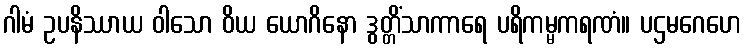
ဂါမံ ဥပနိဿာယ ဝါသော ဝိယ ယောဂိနော ဒွတ္တိံသာကာရေ ပရိကမ္မကရဏံ။ ပဌမဂေဟေ